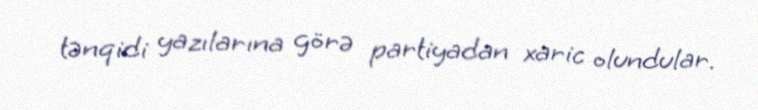
tənqidi yazılarına görə partiyadan xaric olundular.